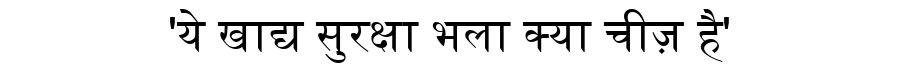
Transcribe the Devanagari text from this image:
'ये खाद्य सुरक्षा भला क्या चीज़ है'